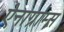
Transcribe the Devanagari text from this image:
ऐनाग्राम्स